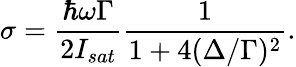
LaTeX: \sigma=\frac{\hbar\omega\Gamma}{2I_{sat}}\frac{1}{1+4(\Delta/\Gamma)^{2}}.